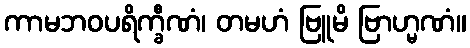
ကာမဘဝပရိက္ခီဏံ၊ တမဟံ ဗြူမိ ဗြာဟ္မဏံ။